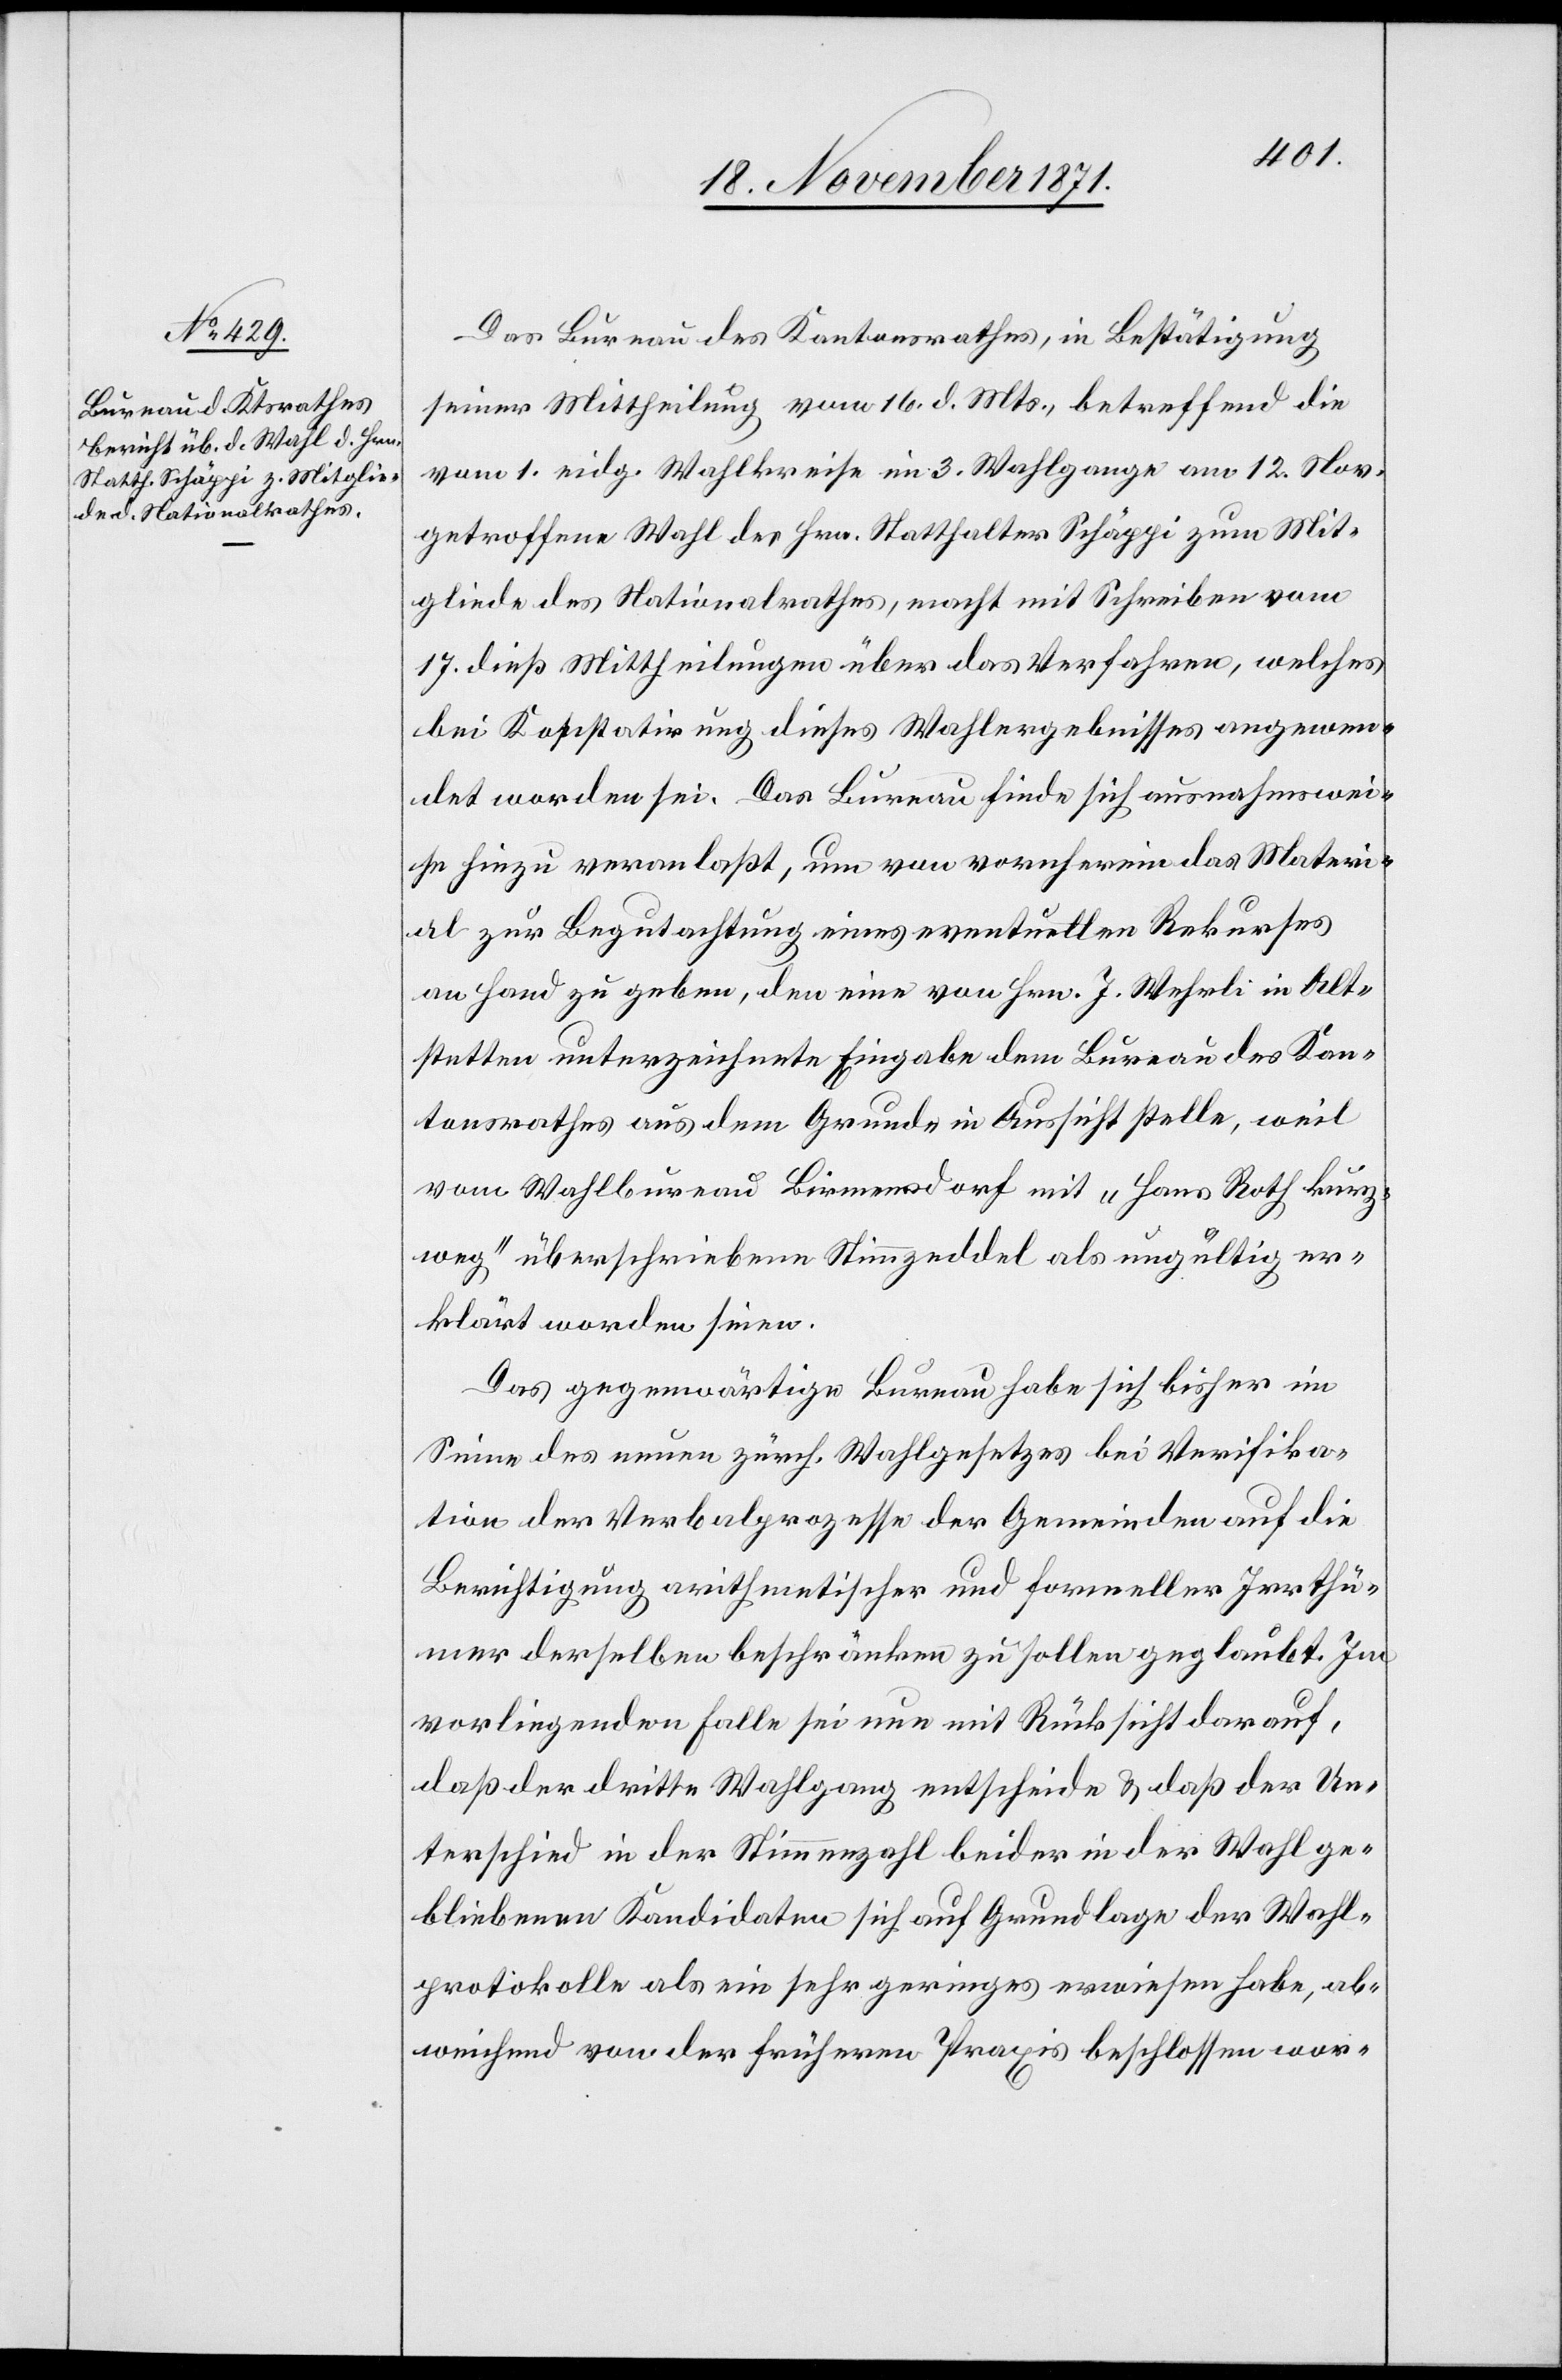
20. November 1871.]
Das Bureau des Kantonsrathes, in Bestätigung
seiner Mittheilung vom 16. d. Mts., betreffend die
vom 1. Eidg. Wahlkreise im 3. Wahlgange am 12. Nov.
getroffene Wahl des Hrn. Statthalter Schäppi zum Mit¬
gliede des Nationalrathes, macht mit Schreiben vom
17. dieß Mittheilungen über das Verfahren, welches
bei Konstatirung dieses Wahlergebnisses angewen¬
det worden sei. Das Bureau finde sich ausnahmswei¬
se hiezu veranlaßt, um von vornherein das Materi¬
al zur Begutachtung eines eventuellen Rekurses
an Hand zu geben, den eine von Hrn. J. Wehrli in Alt¬
stetten unterzeichnete Eingabe dem Bureau des Kan¬
tonsrathes aus dem Grunde in Aussicht stelle, weil
vom Wahlbureau Birmensdorf mit „Hans Roth kurz¬
weg“ überschriebenen Stimmzeddel als ungültig er¬
klärt worden seien.
Das gegenwärtige Bureau habe sich bisher im
Sinne des neuen zürch. Wahlgesetzes bei Verifika¬
tion der Verbalprozesse der Gemeinden auf die
Berichtigung arithmetischer und formeller Irrthü¬
mer derselben beschränken zu sollen geglaubt. Im
vorliegenden Falle sei nun mit Rücksicht darauf,
daß der dritte Wahlgang entscheide & daß der Un¬
terschied in der Stimmenzahl beider in der Wahl ge¬
bliebenen Kanditaten sich auf Grundlage der Wahl¬
protokolle als ein sehr geringer erwiesen habe, ab¬
weichend von der früheren Praxis beschlossen wor-